Lunatic asylums Burma 1907-21 - 1907-1921
Year: 1907
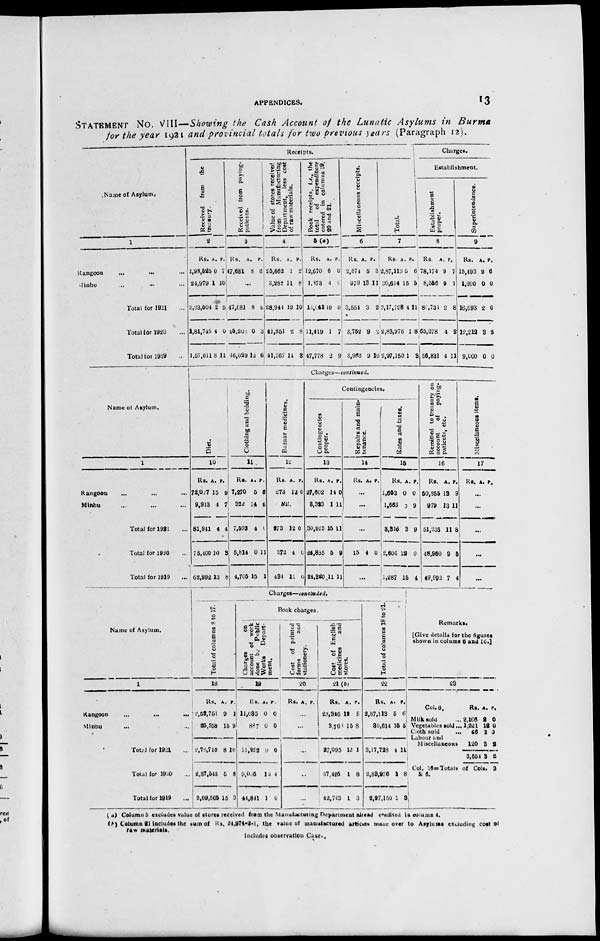
APPENDICES.
13
STATEMENT NO. VIII—Showing the Cash Account of the Lunatic Asylums in Burma
for the year 1921 and provincial totals for two previous years (Paragraph 12).
Name of Asylum.
1
Rangoon
...
...
Minbu ... ...
Total for 1921 ...
Total for 1920 ...
Total for 1919 ...
Receipts.
R eceived from the
treasury.
2
Rs.
1,98,525
24,979
2,23,504
1,81,745
1,57,611
A.
0
1
2
4
8
P.
7
10
5
0
11
Received from paying-
patients.
3
Rs.
47,681
A.
8
P.
6
...
47,681
45,202
16,029
8
0
13
6
3
6
Value of stores received
from
Manufacturing
Department, less cost
of raw materials.
4
Rs.
25,662
3,282
28,944
41,851
41,767
A.
1
11
12
2
14
P.
2
8
10
8
3
Book receipts, i.e., the
total
of expenditure
entered in columns 19,
20 and 21.
5(a)
Rs.
12,670
1,373
11,641
11,419
47,778
A.
6
4
10
1
2
P.
1
6
0
7
9
Miscellaneous receipts.
6
Rs.
2,574
979
3,554
3,752
3,962
A.
5
13
3
9
9
P.
3
11
2
2
10
Total.
7
Rs.
2,87,113
30,604
3,17,728
2,83,976
2,97,150
A.
5
15
4
1
1
P.
6
6
11
8
3
Charges.
Establishment.
Establishment
proper.
8
Rs.
78,174
8,556
80,731
65,278
56,831
A.
9
9
2
4
4
P.
7
1
8
2
11
Superintendence.
9
Rs.
15,493
1,200
16,693
19,212
9,000
A.
2
0
2
3
0
P.
6
0
6
2
0
Name of Asylum.
1
Rangoon ... ... ...
Minbu ... ... ...
Total for 1921 ...
Total for 1920 ...
Total for 1919 ...
Charges—continued.
Diet.
10
Rs.
72,027
9,913
81,941
75,400
62,992
A.
15
4
4
10
13
P.
9
7
4
3
8
Clothing and bedding.
11
Rs.
7,270
322
7,593
5,814
4,705
A.
5
14
4
0
15
P.
6
6
0
11
1
Bazaar medicines.
12
Rs.
273
A.
12
P.
0
Nil.
273
372
434
12
4
11
0
0
0
Contingencies.
Contingencies
proper.
13
Rs.
27,862
3,323
30,925
26,885
24,320
A.
14
1
15
5
11
P.
0
11
11
9
11
Repairs and main-
tenance.
14
Rs. A. P.
...
...
...
15 4 0
...
Rates and
taxes.
15
Rs.
1,653
1,663
3,316
2,606
1,287
A.
0
3
3
12
15
P.
0
9
9
0
4
Remitted to treasury on
account of
paying-
patients, etc.
16
Rs.
50,255
979
51,235
48,960
49,992
A.
13
13
11
9
7
P.
9
11
8
5
4
Miscellaneous items.
17
Rs. A. P.
...
...
...
...
...
Name of Asylum.
1
Rangoon
...
...
...
...
Minbu ... ... ...
Total for 1921 ...
Total for 1920 ...
Total for 1919 ...
Charges—concluded,
Total of columns 8 to 17.
18
Rs.
2,52,751
25,958
2,78,710
2,37,545
2,09,565
A.
9
15
8
5
16
P.
1
9
10
8
3
Book charges.
Charges on
account of work
done by Public
Works
Depart-
ment.
19
Rs.
11,085
887
11,922
9,065
44,841
A.
0
0
0
10
1
P.
0
0
0
4
0
Cost of printed
forms
and
stationery.
20
Rs. A. P.
...
...
...
...
...
Cost of English
medicines
and
stores.
21 (b)
Rs.
23,326
3,768
27,095
37,425
42,743
A.
12
15
12
1
1
P.
5
8
1
8
3
Total of columns 18 to 21.
22
Rs.
2,87,113
80,614
3,17,728
2,89,976
2,97,150
A.
5
15
4
1
1
P.
6
5
11
8
3
Remarks.
[Give details for the figures
shown in colums 6 and 16.]
23
Col. 6.
Milk sold...
Vegetables sold ...
Cloth sold...
Labour and
Miscellaneous
Rs.
2,166
1,221
45
120
3,554
A.
2
12
2
3
3
P.
0
0
0
2
2
Col. 15=Totals of Cols. 3
& 6.
( a) Column 5 excludes value of stores received from the Manufacturing Department already credited in column 4.
(b) Column 21 includes the sum of Rs. 24,974-2-1, the value of manufactured articles made over to Asylums excluding cost of
raw materials.
Includes observation Cases.